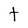
Character: t